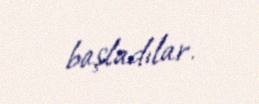
başladılar.